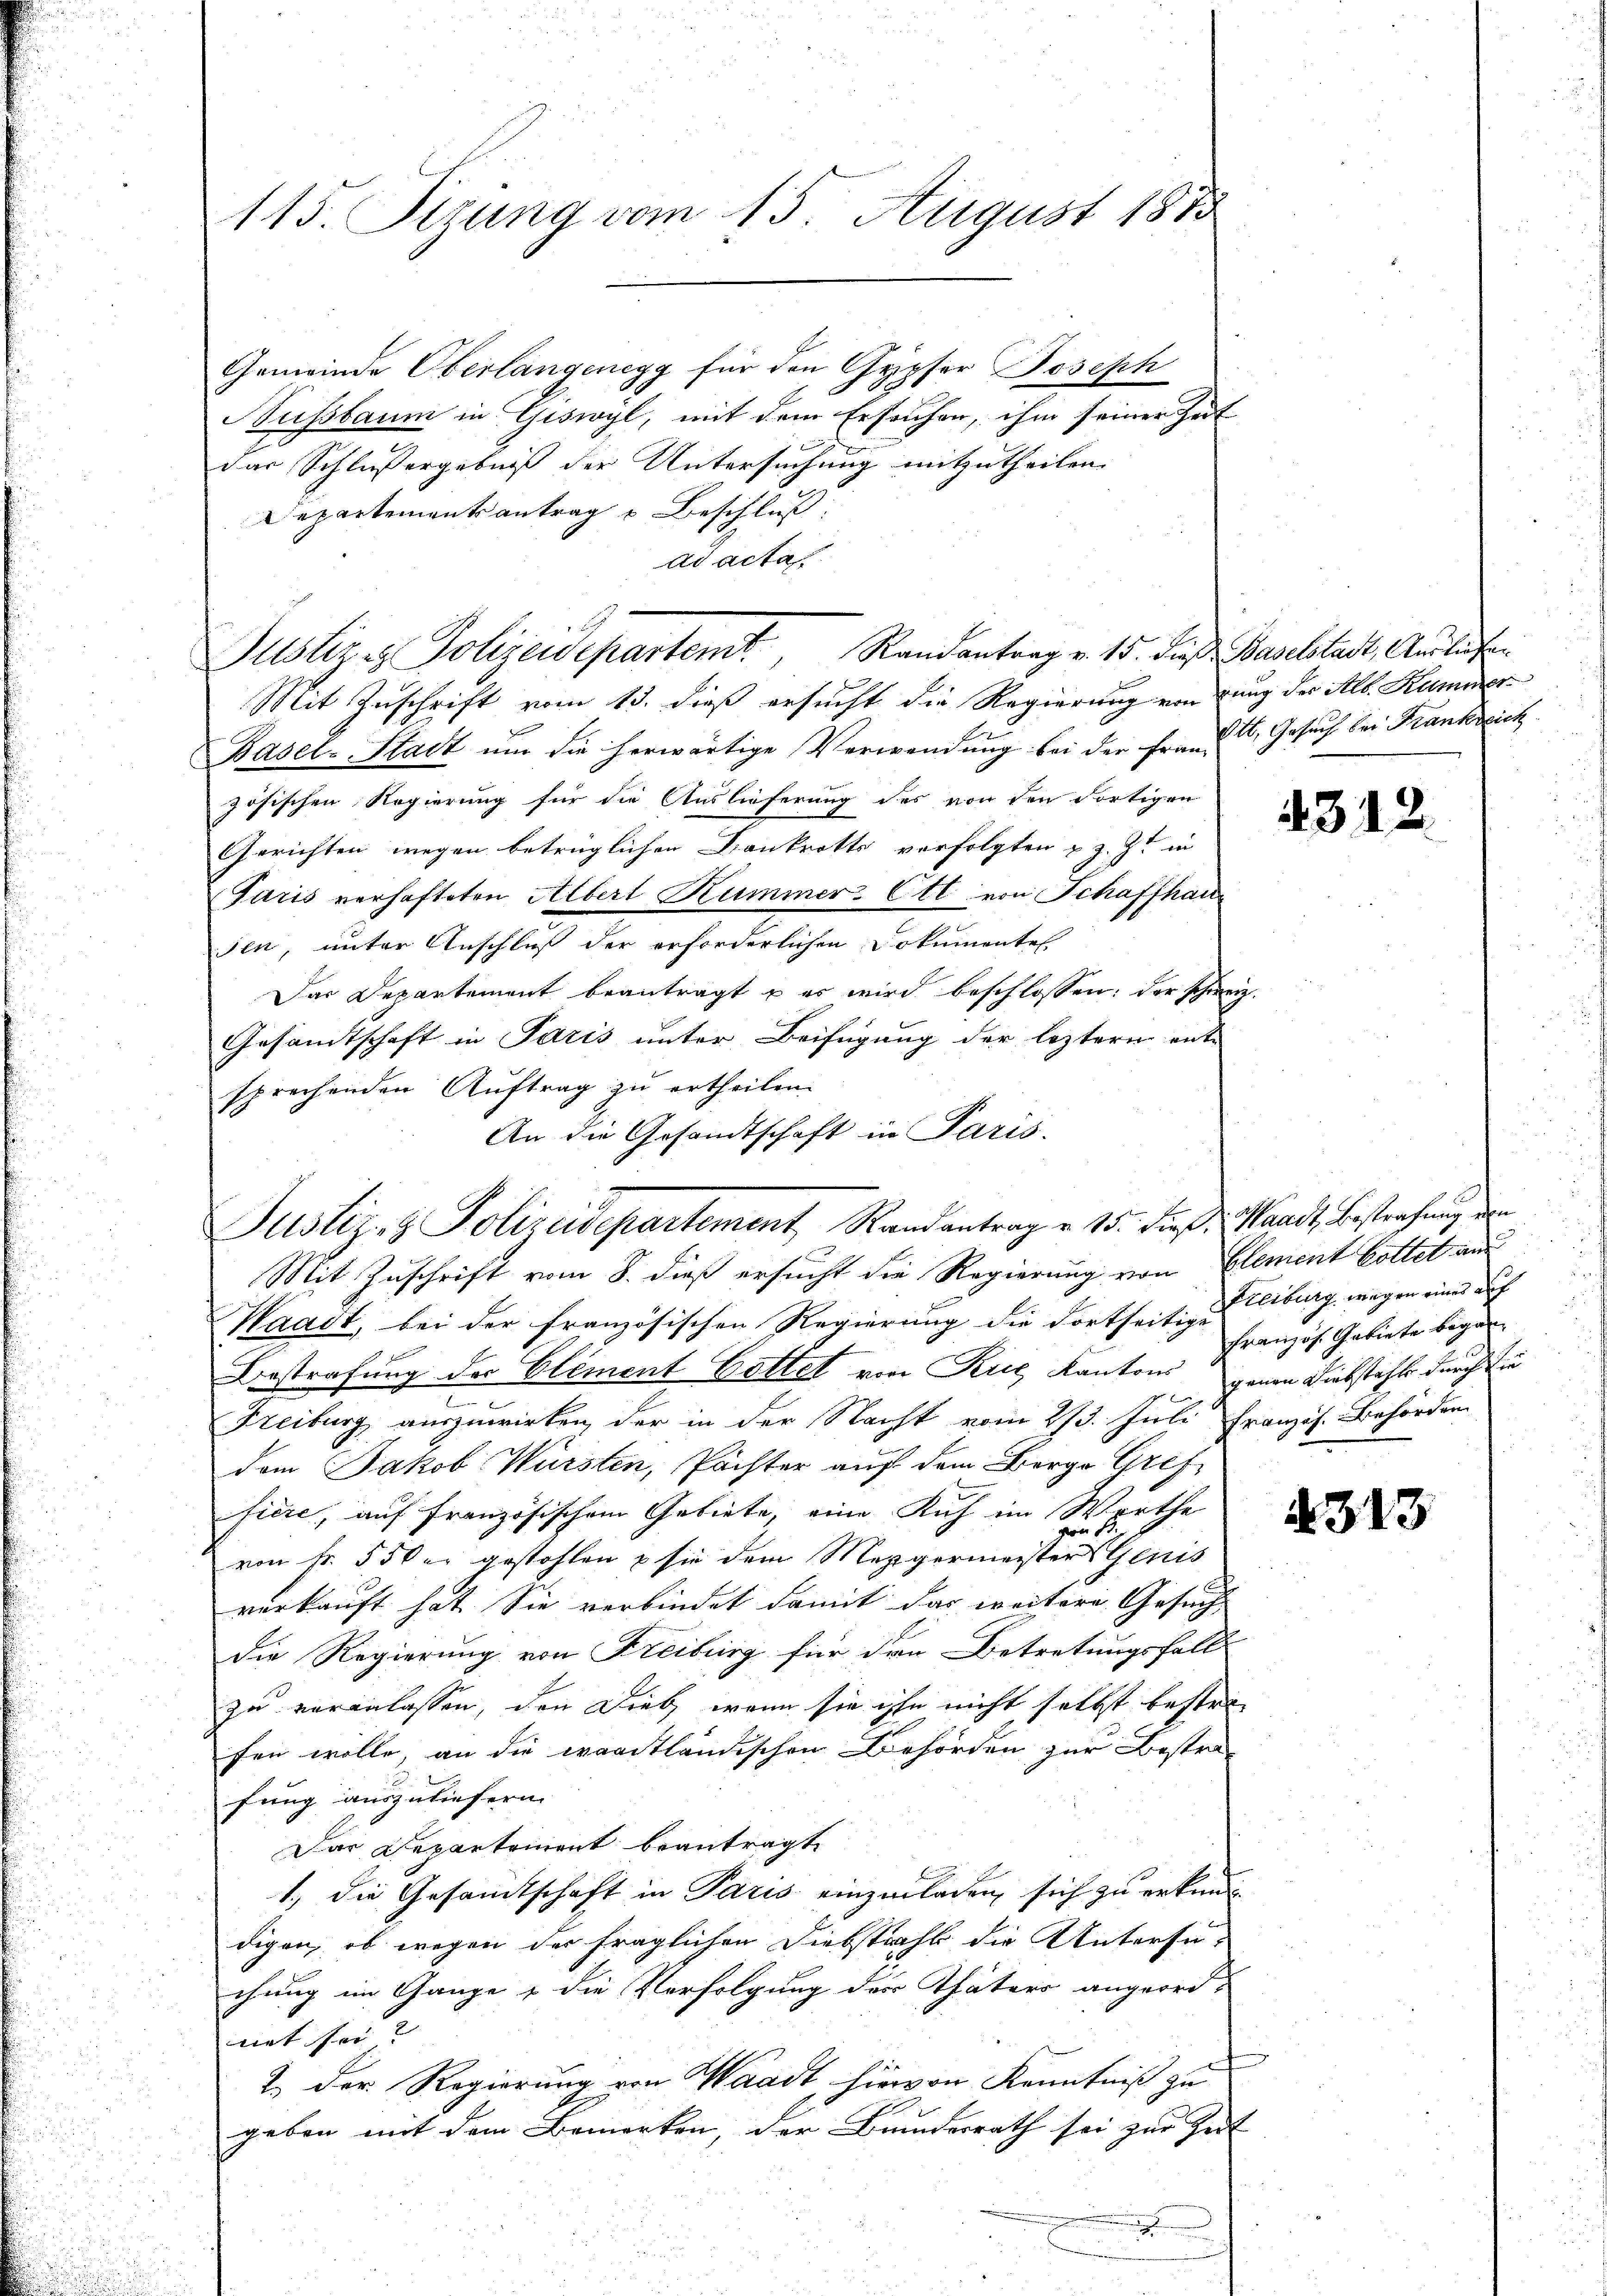
113. Sizung vom 15. August 1873

Gemeinde Oberlangenegg für den Gypser Boseph
Nussbaum in Giswyl, mit dem Ersuchen, ihm seiner Zeit
das Schlussergebniß der Untersuchung mitzutheilen.
Departementsantrag u Beschluß:
ad acta
Justiz & Polizeidepartem Randantrag v. 15. dies Baselstadt, Ausliefen
Mit Zuschrift vom 13. dieß ersucht die Regierung von dung des Alb. Kummer
Basel-Stadt um die herwärtige Verwendung bei der Frau Gesuch bei Frankreich
zösischen Regierung für die Auslieferung des von den dortigen
Gerichten wegen betrüglichen Bankrotts verfolgten u. z. Zt. in
Paris verhafteten Albert Kummer. Etl von Schaffhau
sen, unter Anschluß der erforderlichen Dokumentel.
Das Departement beantragt u es wird beschlossen: der schweiz.
Gesandtschaft in Paris unter Beifügung der leztern entsprechenden Auftrag zu ertheilen.
An die Gesandtschaft in Paris.
Mit Zuschrift vom 8. dieß ersucht die Regierung von Element Gottet aus
Waadt, bei der französischen Regierung die dortseitige
Bestrafung des Element Gottel von Kiel Kantons genen Liebstahls durch die
Freiburg auszuwirken, der in der Nacht vom 23. Juli Französ. Behörder
dem Jakob Würsten, Pächter auf dem Berge Greffiere, auf französischem Gebiete, eine Kuh im Werthe
von Nr. 55 der gestohlen & sie dem Mezgermeister Genis
verkauft hat. Sie verbindet damit das weitere Gesuch
die Regierung von Freiburg für den Betretungsfall
zu veranlassen, den Dieb, wenn sie ihn nicht selbst bestrifen wolle, an die waadtländischen Behörden zur Bestra-
fung auszuliefern.
Dar Departement beantragt,
1., die Gesamtschaft in Paris einzuladen, sich zu erkun
digen, ob wegen der fraglichen Diebstahl die Untersu-
chung im Gange & die Verfolgung des Thäters angeordnat sei?
n
2.) Der Regierung von Waadt, hiervon Kenntniß zu
geben mit dem Bemerken, der Bundesrath sei zur Zeit
.

Justiz- & Polizeidepartement, Randantrag v. 15. Freß. Waadt, Bestrafung de

4312.

Freiburg wegen eines auf
französ. Gebiete began¬

N 313